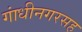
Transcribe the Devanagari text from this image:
गांधीनगरसह